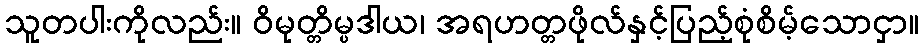
သူတပါးကိုလည်း။ ဝိမုတ္တိမ္ပဒါယ၊ အရဟတ္တဖိုလ်နှင့်ပြည့်စုံစိမ့်သောငှာ။